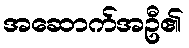
အဆောက်အဦ၏